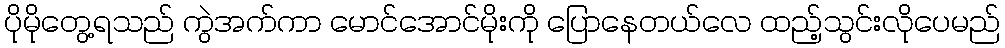
ပိုမိုတွေ့ရသည် ကွဲအက်ကာ မောင်အောင်မိုးကို ပြောနေတယ်လေ ထည့်သွင်းလိုပေမည်